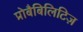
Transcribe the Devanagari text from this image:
प्रोबैबिलिटिज़